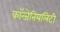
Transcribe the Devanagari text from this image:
कॉन्जेनियलिटी